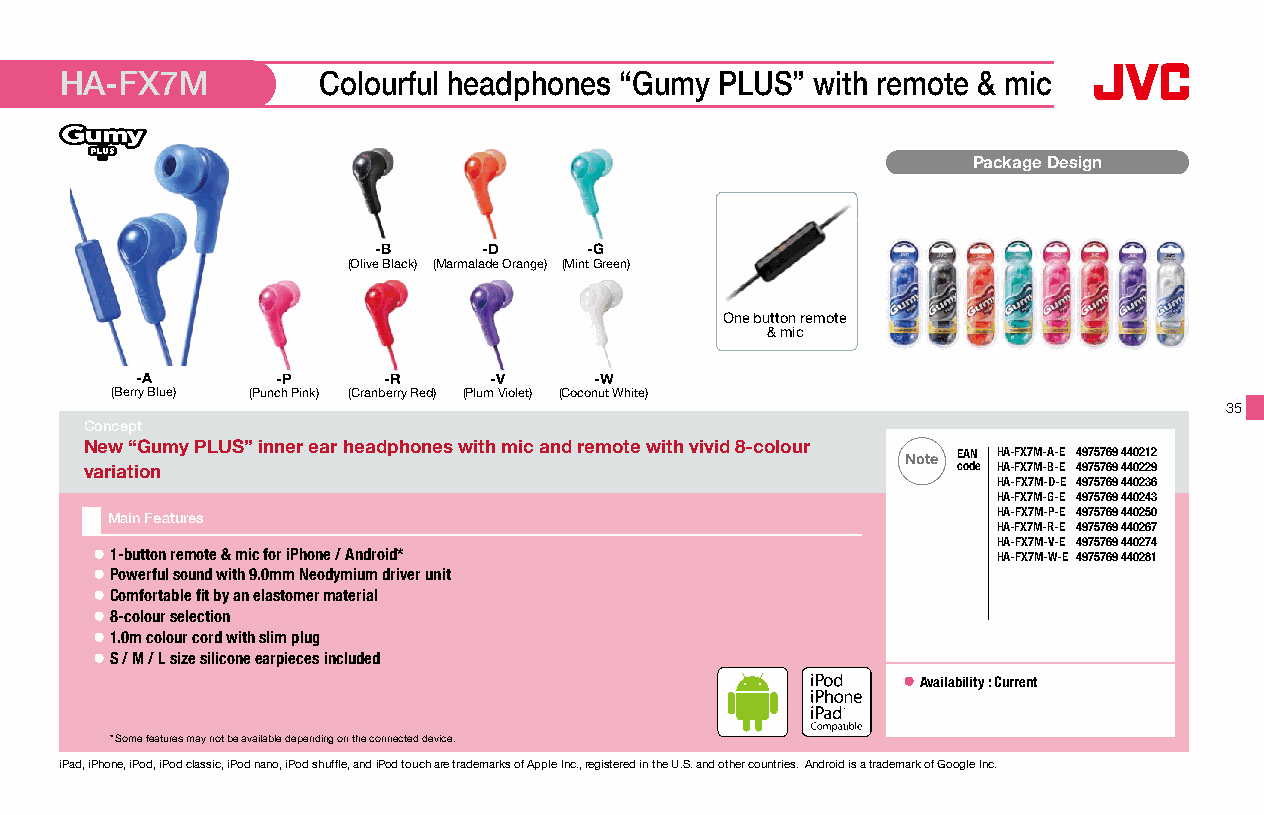
HA-FX7M          Colourful headphones “Gumy PLUS” with remote & mic
 Package Design
 -B     -D     -G
 (Olive Black) (Marmalade Orange) (Mint Green)
 One button remote
 & mic
 -A       -P     -R     -V     -W
 (Berry Blue) (Punch Pink) (Cranberry Red) (Plum Violet) (Coconut White)
 35
 Concept
 New “Gumy PLUS” inner ear headphones with mic and remote with vivid 8-colour
 Note EAN HA-FX7M-A-E 4975769 440212
 variation                                                code HA-FX7M-B-E 4975769 440229
 HA-FX7M-D-E 4975769 440236
 HA-FX7M-G-E 4975769 440243
 Main Features                                              HA-FX7M-P-E 4975769 440250
 HA-FX7M-R-E 4975769 440267
 HA-FX7M-V-E 4975769 440274
 ● 1-button remote & mic for iPhone / Android*               HA-FX7M-W-E 4975769 440281
 ● Powerful sound with 9.0mm Neodymium driver unit
 ● Comfortable fit by an elastomer material
 ● 8-colour selection
 ● 1.0m colour cord with slim plug
 ● S / M / L size silicone earpieces included
 ● A vailability : Current
 16 x 16mm
 * Some features may not be available depending on the connected device.
 iPad, iPhone, iPod, iPod classic, iPod nano, iPod shuffle, and iPod touch are trademarks of Apple Inc., registered in the U.S. and other countries. Android is a trademark of Google Inc.